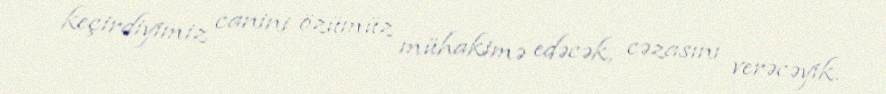
keçirdiyimiz canini özümüz mühakimə edəcək, cəzasını verəcəyik.